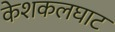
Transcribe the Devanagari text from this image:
केशकलघाट